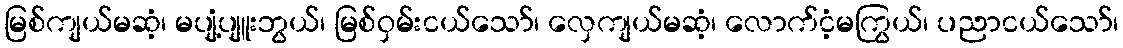
မြစ်ကျယ်မဆံ့၊ မပျံ့ပျူးဘွယ်၊ မြစ်ဝှမ်းငယ်သော်၊ လှေကျယ်မဆံ့၊ လောက်ငံ့မကြွယ်၊ ပညာငယ်သော်၊